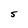
Character: S